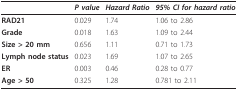
|  | P value | Hazard Ratio | 95% CI for hazard ratio |
 | --- | --- | --- | --- |
 | RAD21 | 0.029 | 1.74 | 1.06 to 2.86 |
 | Grade | 0.018 | 1.63 | 1.09 to 2.44 |
 | Size > 20 mm | 0.656 | 1.11 | 0.71 to 1.73 |
 | Lymph node status | 0.023 | 1.69 | 1.07 to 2.65 |
 | ER | 0.003 | 0.46 | 0.28 to 0.77 |
 | Age > 50 | 0.325 | 1.28 | 0.781 to 2.11 |